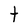
Character: t